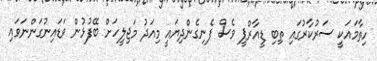
ހިތާމައަކީ ސަރުކާރުގައި ތިބި ޑީއާރްޕީ ވެސް ފެނިގެންދިޔައީ މިއަދު މަޖިލީހަށް ބޭފުޅުން ވަޑައިނުގަންނަވައި